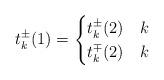
LaTeX: \begin{align*}t_k^{\pm}(1)= \begin{cases}t_k^{\pm}(2) & k \\t_k^{\mp}(2) & k \end{cases} \end{align*}